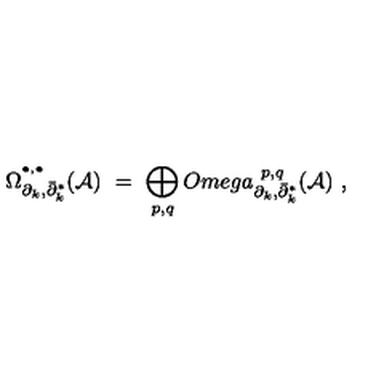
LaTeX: \Omega _ { \partial _ { k } , \bar { \partial } _ { k } ^ { * } } ^ { ^ { \bullet , \bullet } } ( { \mathcal A } ) \ = \ \displaystyle \bigoplus _ { p , q } O m e g a _ { \partial _ { k } , \bar { \partial } _ { k } ^ { * } } ^ { \ p , q } ( { \mathcal A } ) \ ,